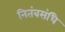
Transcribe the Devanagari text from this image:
नितंबसंधि